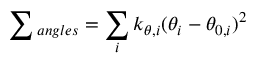
\sum { _ { a n g l e s } } = \sum _ { i } k _ { \theta , i } ( \theta _ { i } - \theta _ { 0 , i } ) ^ { 2 }